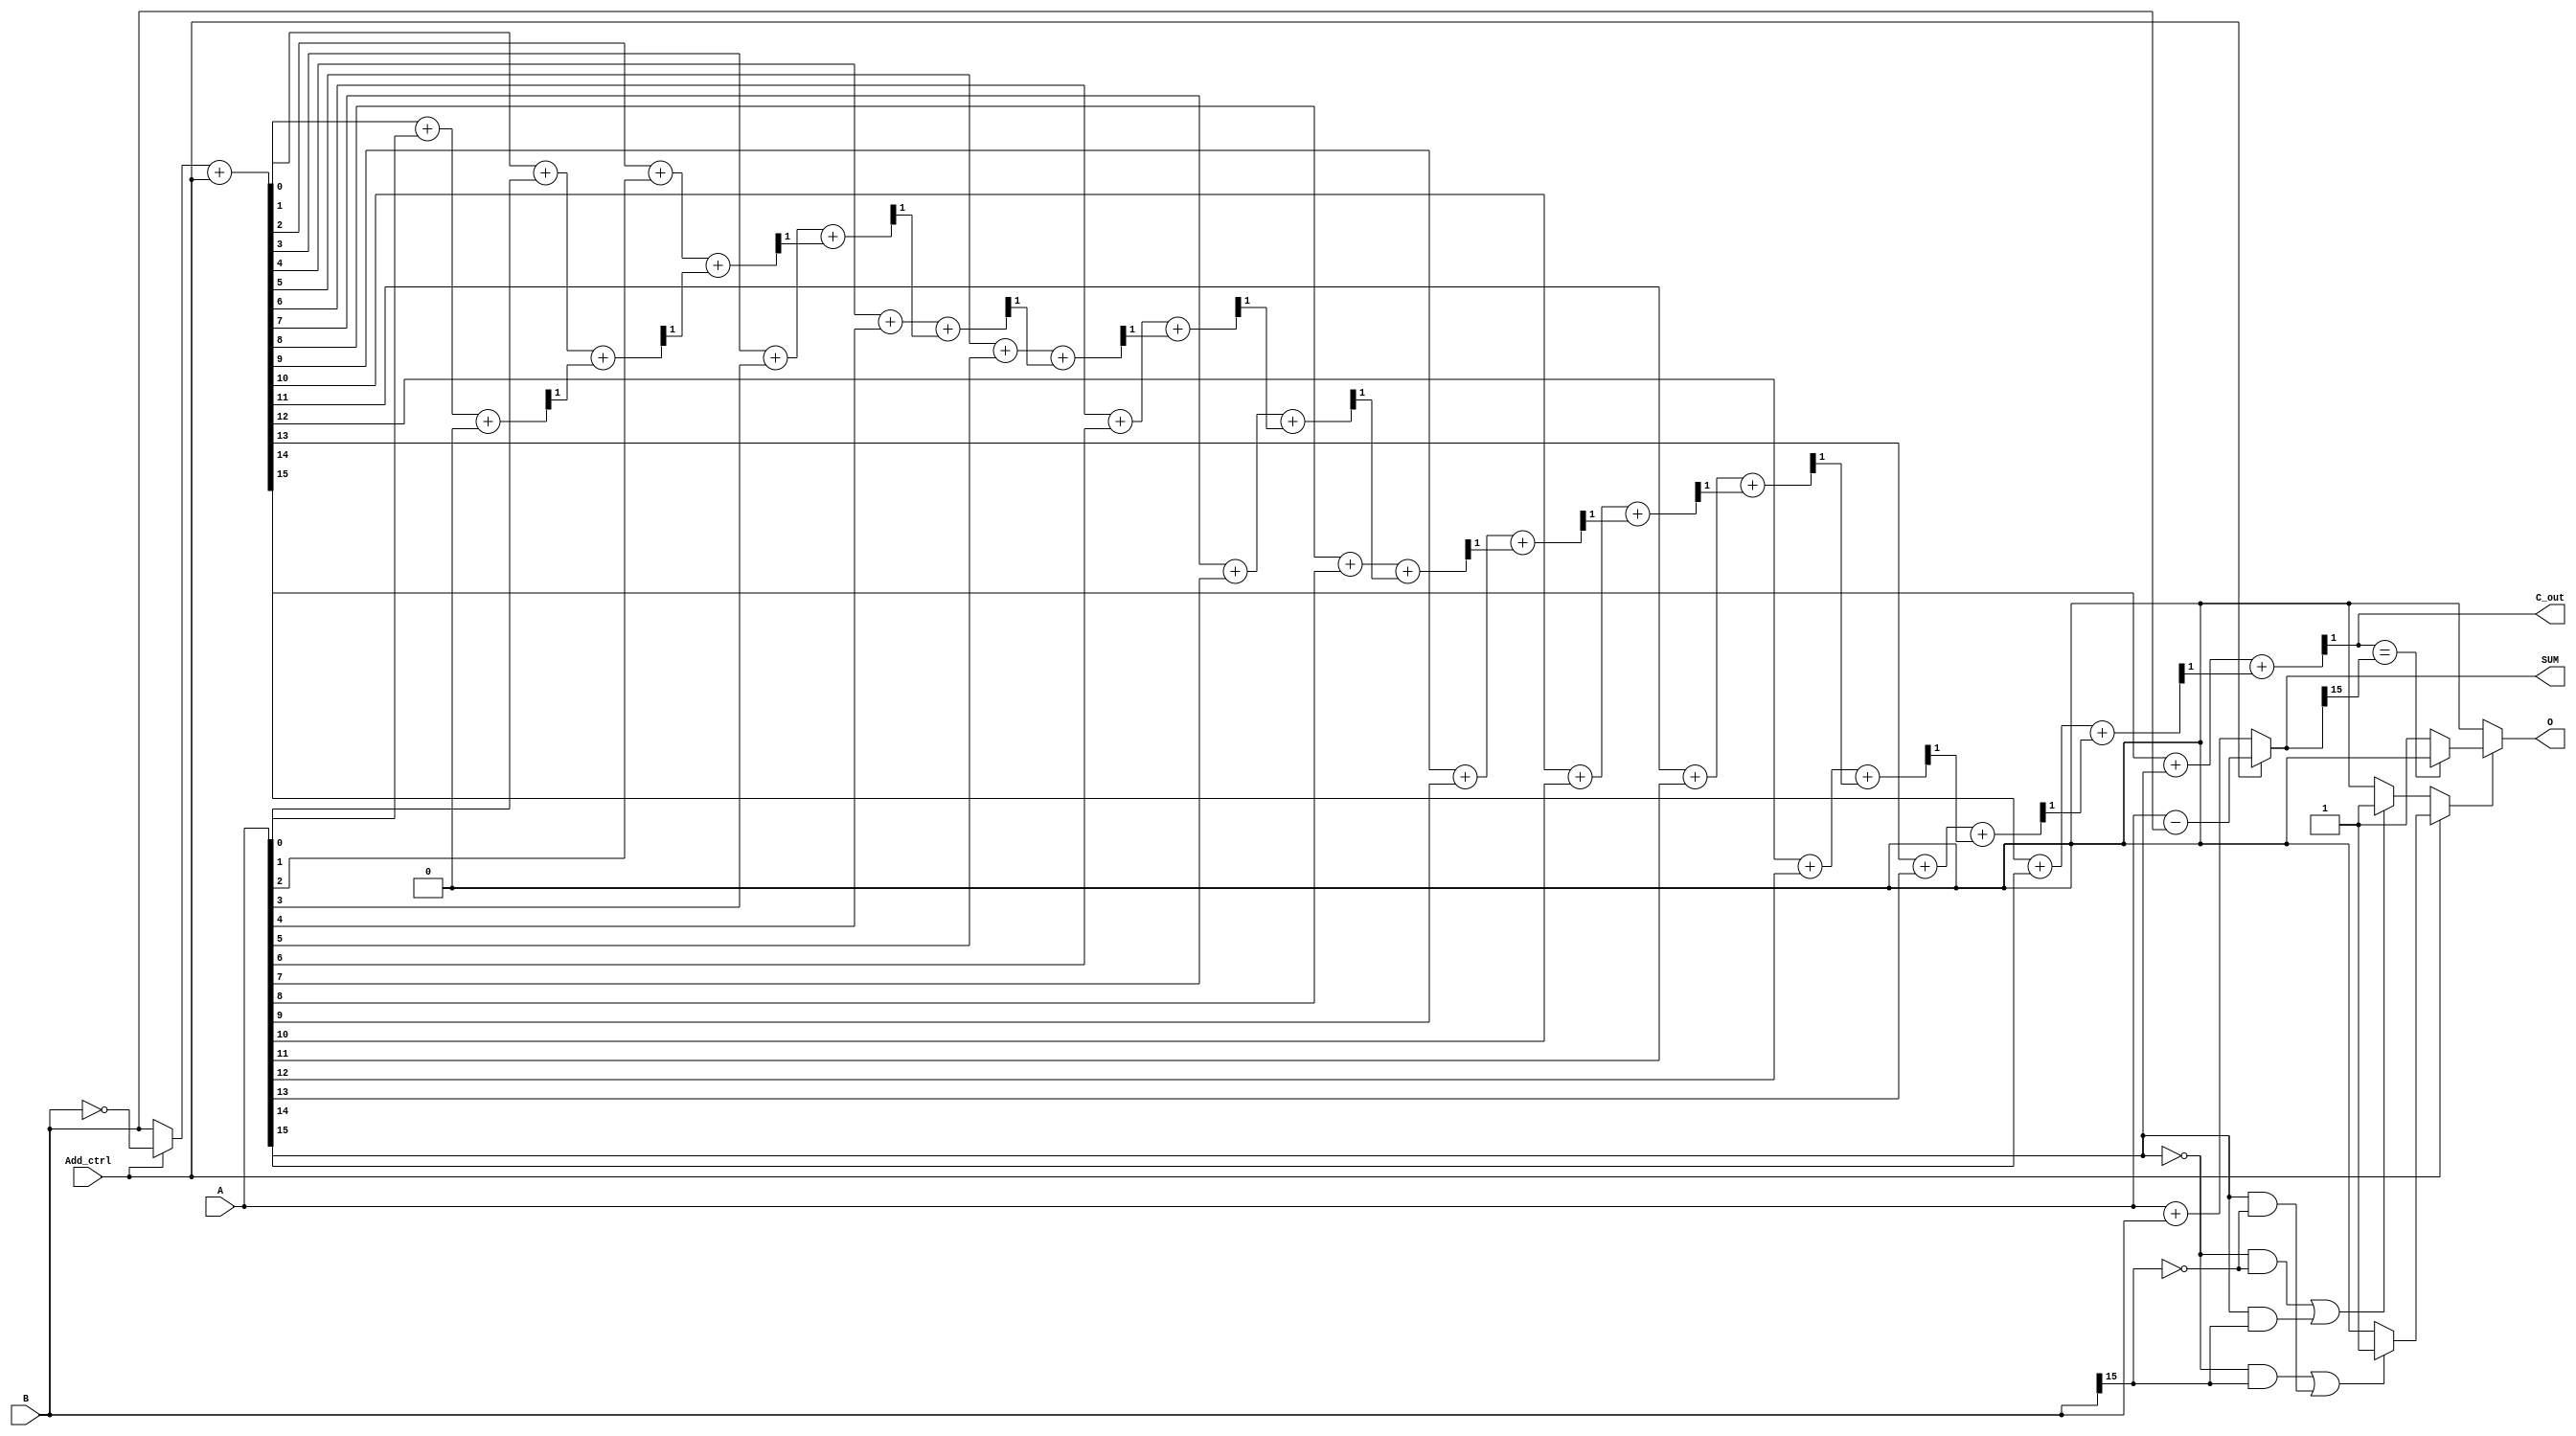
module adder_16bit_b(A , B ,Add_ctrl , O , C_out , SUM);

input [15:0] A , B ;
input Add_ctrl;//1 for sub ,0 for add

output [15:00] SUM ;
output C_out ;
output O ;

//=============================================
//all reg name start with a is just the reg for output
//cuz i can't assign value directly
//reg ws is no use (function same as sum, but it's not being practiced)
//bp is B's 2's complement (if Add_ctrl is tirg.ed
//pn check if (1 RPS. true)
//-> add mod : occurs both A & B is in same signs
//-> sub mod : occurs A & B in different signs
//'e' & 'r' : just for making the code more concise
//=============================================

reg aC_out;
reg aO;
reg [16:0] idx;
reg ws;
reg [15:0] bp;
reg [15:0] aSUM;
assign e=A[15];//it's something like a wire
assign r=B[15];
assign O=aO;
assign C_out=aC_out;
assign SUM=aSUM;

always@(A or B or Add_ctrl)
begin
	aSUM=(Add_ctrl==0)?(A+B):(A-B);
	bp=(((Add_ctrl==1)?~B:B)+Add_ctrl);
	aC_out=1'b0;
	for(idx=0;idx<16;idx=idx+1)begin//I don't think that this is a porper way lol
		{aC_out,ws}={1'b0,bp[idx]}+{1'b0,A[idx]}+{1'b0,aC_out};
	end
end

reg pn;
always@(A or B or Add_ctrl)
#1 begin
	pn=(Add_ctrl==1)?(((e==0)&&(r==1))||((e==1)&&(r==0)))?1:0:(((e==0)&&(r==0))||((e==1)&&(r==1)))?1:0;
	aO=(pn==1)?(C_out==SUM[15])?0:1:0;
end  

endmodule

//github andythebreaker/vlsi